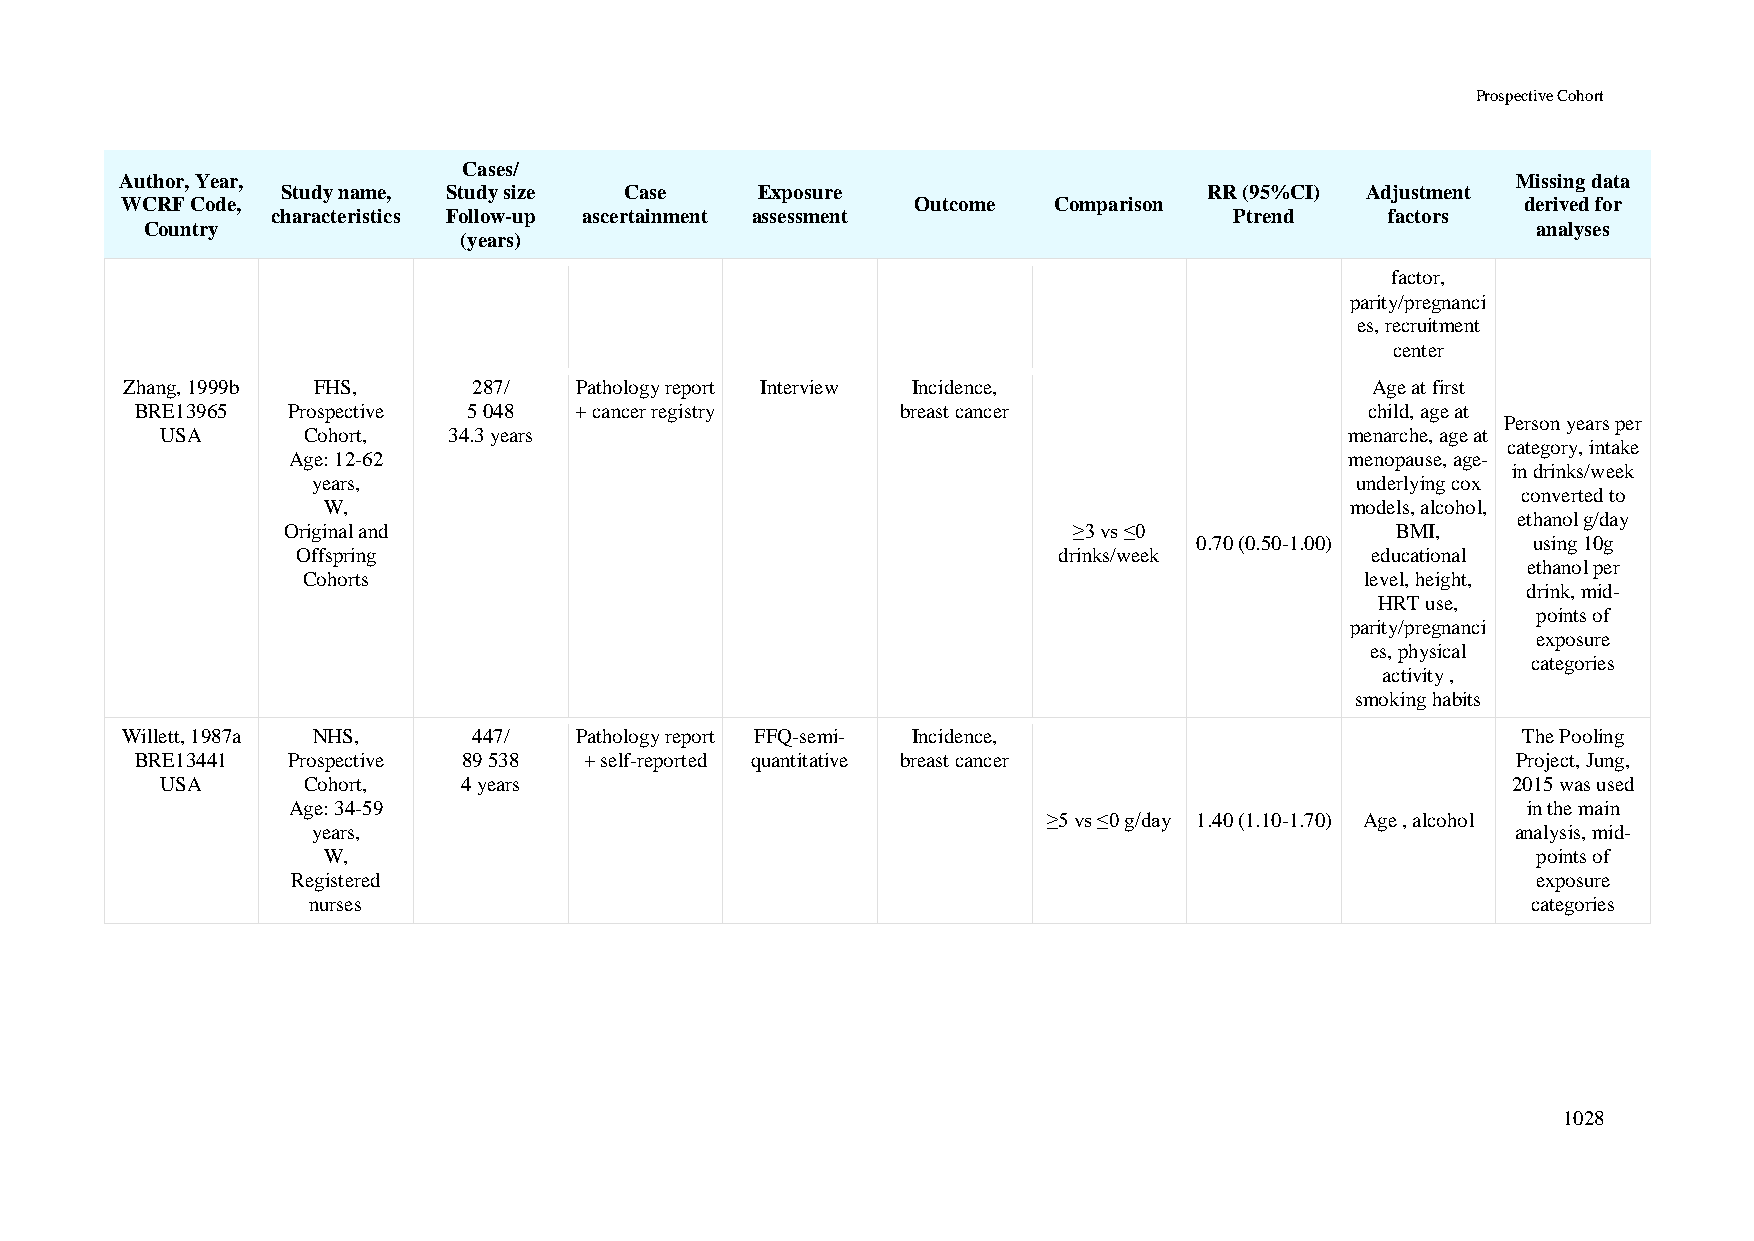
Prospective Cohort
 Cases/
 Author, Year,                                                                               Missing data
 Study name, Study size Case    Exposure                      RR (95%CI) Adjustment
 WCRF Code,                                           Outcome  Comparison                     derived for
 characteristics Follow-up ascertainment assessment              Ptrend    factors
 Country                                                                                     analyses
 (years)
 factor,
 parity/pregnanci
 es, recruitment
 center
 Zhang, 1999b FHS,      287/   Pathology report Interview Incidence,                Age at first
 BRE13965  Prospective 5 048  + cancer registry     breast cancer                  child, age at
 Person years per
 USA      Cohort,   34.3 years                                                 menarche, age at
 category, intake
 Age: 12-62                                                            menopause, age-
 in drinks/week
 years,                                                               underlying cox
 converted to
 W,                                                                  models, alcohol,
 ethanol g/day
 Original and                                        ≥3 vs ≤0             BMI,
 0.70 (0.50-1.00)      using 10g
 Offspring                                         drinks/week          educational
 ethanol per
 Cohorts                                                               level, height,
 drink, mid-
 HRT use,
 points of
 parity/pregnanci
 exposure
 es, physical
 categories
 activity ,
 smoking habits
 Willett, 1987a NHS,    447/   Pathology report FFQ-semi- Incidence,                          The Pooling
 BRE13441  Prospective 89 538  + self-reported quantitative breast cancer                   Project, Jung,
 USA      Cohort,    4 years                                                              2015 was used
 Age: 34-59                                                                        in the main
 ≥5 vs ≤0 g/day 1.40 (1.10-1.70) Age , alcohol
 years,                                                                         analysis, mid-
 W,                                                                               points of
 Registered                                                                         exposure
 nurses                                                                           categories
 1028